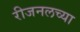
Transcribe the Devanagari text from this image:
रीजनलच्या